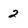
Character: 2